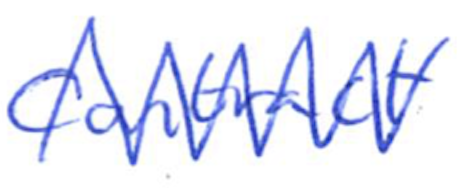
Text: contract
Cross-out: zig-zag
Writing tool: ballpoint